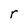
Character: r